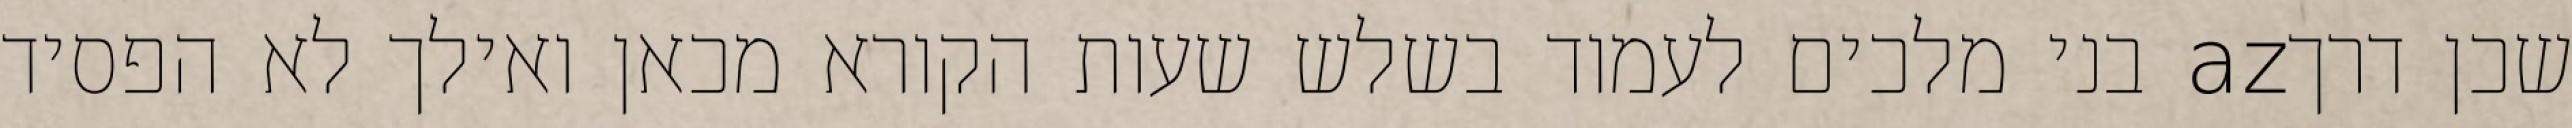
שכן דרךaz בני מלכים לעמוד בשלש שעות הקורא מכאן ואילך לא הפסיד